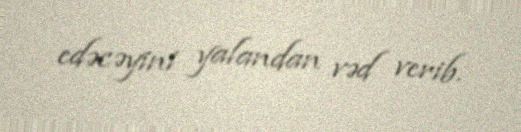
edəcəyini yalandan vəd verib.